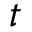
t